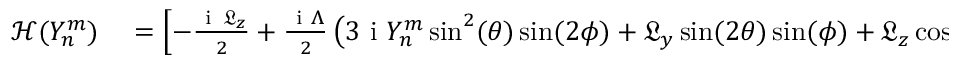
\begin{array} { r l } { \mathcal { H } ( Y _ { n } ^ { m } ) } & { { } = \left[ - \frac { \mathrm { ~ i ~ } \, \mathfrak { L } _ { z } } { 2 } + \frac { \mathrm { ~ i ~ } \Lambda } { 2 } \left( 3 \mathrm { ~ i ~ } { Y _ { n } ^ { m } } \sin ^ { 2 } ( \theta ) \sin ( 2 \phi ) + \mathfrak { L } _ { y } \sin ( 2 \theta ) \sin ( \phi ) + \mathfrak { L } _ { z } \cos ( 2 \theta ) \sin ^ { 2 } ( \phi ) + \mathfrak { L } _ { z } \cos ^ { 2 } ( \phi ) \right) \right] + } \end{array}